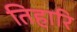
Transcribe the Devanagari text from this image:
तिहारि